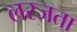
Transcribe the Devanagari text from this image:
लरजता